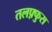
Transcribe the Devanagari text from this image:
तलफ़्फुस